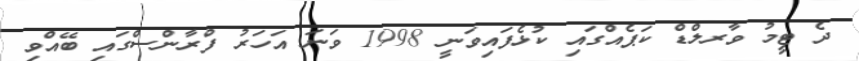
ދެ ޓީމު ވާރލްޑް ކަޕެއްގައި ކުޅެފައިވަނީ 1998 ވަނަ އަހަރު ފްރާންސްގައި ބޭއްވި